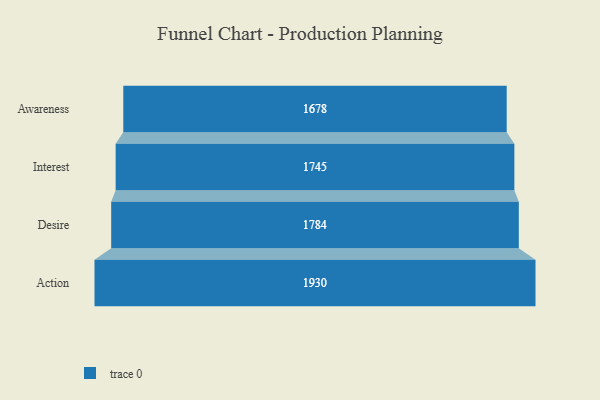
{"axis": {"x": "Stage", "y": "Value"}, "legend": [""], "data": [{"x": "Awareness", "y": 1678.0, "type": ""}, {"x": "Interest", "y": 1745.0, "type": ""}, {"x": "Desire", "y": 1784.0, "type": ""}, {"x": "Action", "y": 1930.0, "type": ""}]}